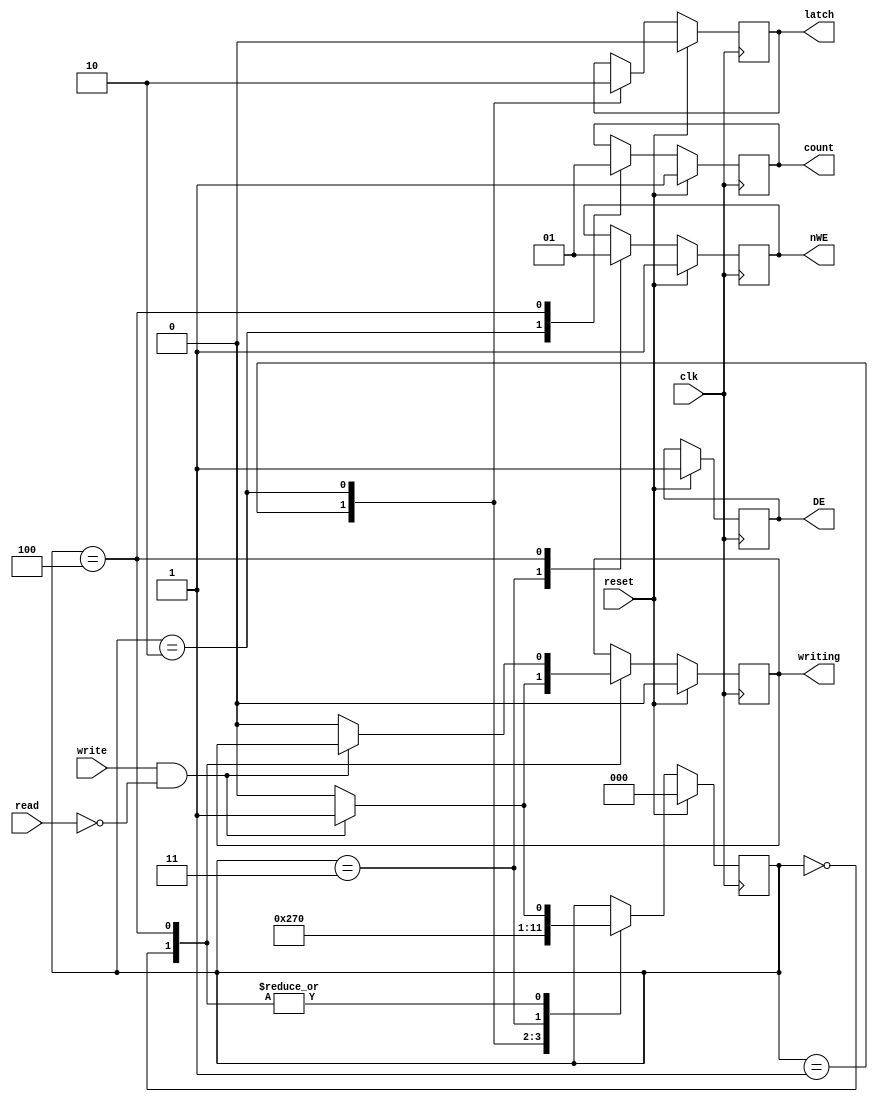
module write_cycle(latch, count, DE, nWE, writing, read, write, reset, clk);

  input wire read, write, reset, clk;
  output reg latch, count, DE, nWE, writing;

  parameter SIZE = 3;
  parameter IDLE = 3'b000, STEP1 = 3'b001, STEP2 = 3'b010, STEP3 = 3'b011,
            STEP4 = 3'b100;

  reg [SIZE-1:0] state;//, next_state;

  always @ (posedge clk)
  begin
    if (reset == 1) begin// high reset?
      latch <= 0;
      count <= 1;
      DE <= 1;
      nWE <= 1;
      writing <= 0;
		state <= IDLE;
      //next_state <= IDLE;
    end
    else begin
      case(state)
        IDLE:   if (read == 0 & write == 1) begin
                  state <= STEP1;
                  writing <= 1;
                end
                else begin
                  state <= IDLE;
                  writing <= 0;
                end

        STEP1: begin
                  latch <= 1;
                  state <= STEP2;
                end

        STEP2: begin
                  count <= 0;
                  latch <= 0;
                  //DE <= 1;
                  state <= STEP3;
                end

        STEP3: begin
                  //DE <= 0;
                  nWE <= 0;
                  state <= STEP4;
                end

        STEP4: begin
						//DE <= 0;
                  count <= 1;
                  nWE <= 1;
                  if (write == 1 & read == 0) begin
                    state <= STEP1;
                  end
                  else begin
                    state <= IDLE;
                    writing <= 0;
                  end
                end

      endcase
    end
  end

endmodule